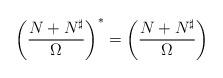
LaTeX: \begin{align*}\left({{N+N^{\sharp}}\over\Omega}\right)^*=\left({{N+N^{\sharp}}\over\Omega}\right) \end{align*}